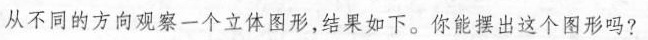
从不同的方向观察一个立体图形，结果如下。你能摆出这个图形吗？